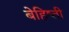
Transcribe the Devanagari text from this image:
बेहिष्ती